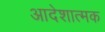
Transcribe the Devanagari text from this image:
आदेशात्‍मक